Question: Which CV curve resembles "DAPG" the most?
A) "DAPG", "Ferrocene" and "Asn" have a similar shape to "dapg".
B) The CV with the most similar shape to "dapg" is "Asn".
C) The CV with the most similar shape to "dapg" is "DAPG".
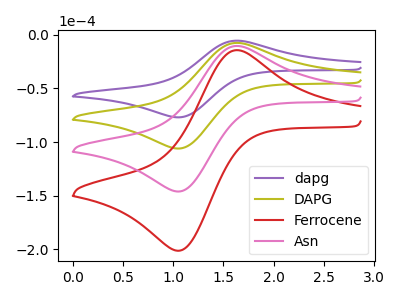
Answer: <think>The purple curve "dapg" has an anodic peak at (1.65V, -5.45uA) and a cathodic peak at (1.10V, -76.75uA). The olive curve "DAPG" has an anodic peak at (1.65V, -7.55uA) and a cathodic peak at (1.10V, -105.75uA). The red curve "Ferrocene" has an anodic peak at (1.65V, -22.60uA) and a cathodic peak at (1.10V, -317.25uA). The pink curve "Asn" has an anodic peak at (1.65V, -15.05uA) and a cathodic peak at (1.10V, -211.50uA).
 All the peaks in "dapg" have a peak in "DAPG" at the same potential. All the peaks in "dapg" have a peak in "Ferrocene" at the same potential. All the peaks in "dapg" have a peak in "Asn" at the same potential. All the peaks in "DAPG" have a peak in "Ferrocene" at the same potential. All the peaks in "DAPG" have a peak in "Asn" at the same potential. All the peaks in "Ferrocene" have a peak in "Asn" at the same potential.</think>
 <answer>A) "DAPG", "Ferrocene" and "Asn" have a similar shape to "dapg".</answer>
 <eval>A</eval>